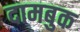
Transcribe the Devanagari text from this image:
दामबुक